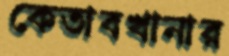
কেতাবখানার